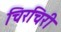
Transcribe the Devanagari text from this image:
चिरचिरी